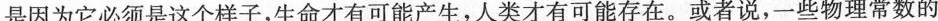
是因为它必须是这个样子，生命才有可能产生，人类才有可能存在。或者说，一些物理常数的